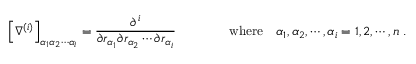
\left[ \nabla ^ { ( i ) } \right] _ { \alpha _ { 1 } \alpha _ { 2 } \cdots \alpha _ { i } } = { \frac { \partial ^ { \, i } } { \partial r _ { \alpha _ { 1 } } \partial r _ { \alpha _ { 2 } } \cdots \partial r _ { \alpha _ { i } } } } \qquad \qquad { \mathrm { w h e r e } } \quad \alpha _ { 1 } , \alpha _ { 2 } , \cdots , \alpha _ { i } = 1 , 2 , \cdots , n \ .